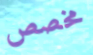
مخصص